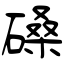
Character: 磉